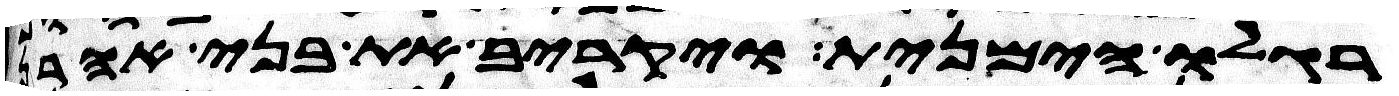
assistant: רגלו הימנית ויקריב את בני אהרן